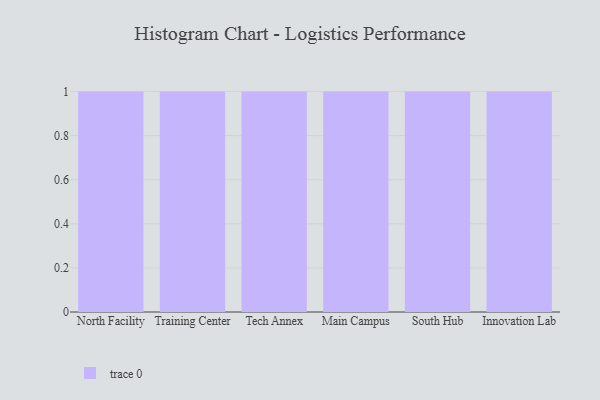
{"axis": {"x": "Campus", "y": "Demand Index"}, "legend": [""], "data": [{"x": "North Facility", "y": 76, "type": ""}, {"x": "Training Center", "y": 98, "type": ""}, {"x": "Tech Annex", "y": 94, "type": ""}, {"x": "Main Campus", "y": 41, "type": ""}, {"x": "South Hub", "y": 14, "type": ""}, {"x": "Innovation Lab", "y": 98, "type": ""}]}